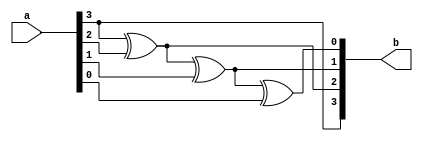
module gray_to_binary(a, b);
    input [3:0] a;
    output [3:0] b;
    
    assign b[3] = a[3];
    assign b[2] = b[3]^a[2];
    assign b[1] = b[2]^a[1];
    assign b[0] = b[1]^a[0];
    
endmodule